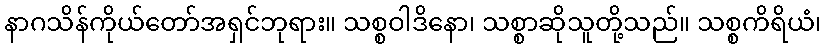
နာဂသိန်ကိုယ်တော်အရှင်ဘုရား။ သစ္စဝါဒိနော၊ သစ္စာဆိုသူတို့သည်။ သစ္စကိရိယံ၊